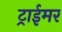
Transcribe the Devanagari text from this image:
ट्राईमर